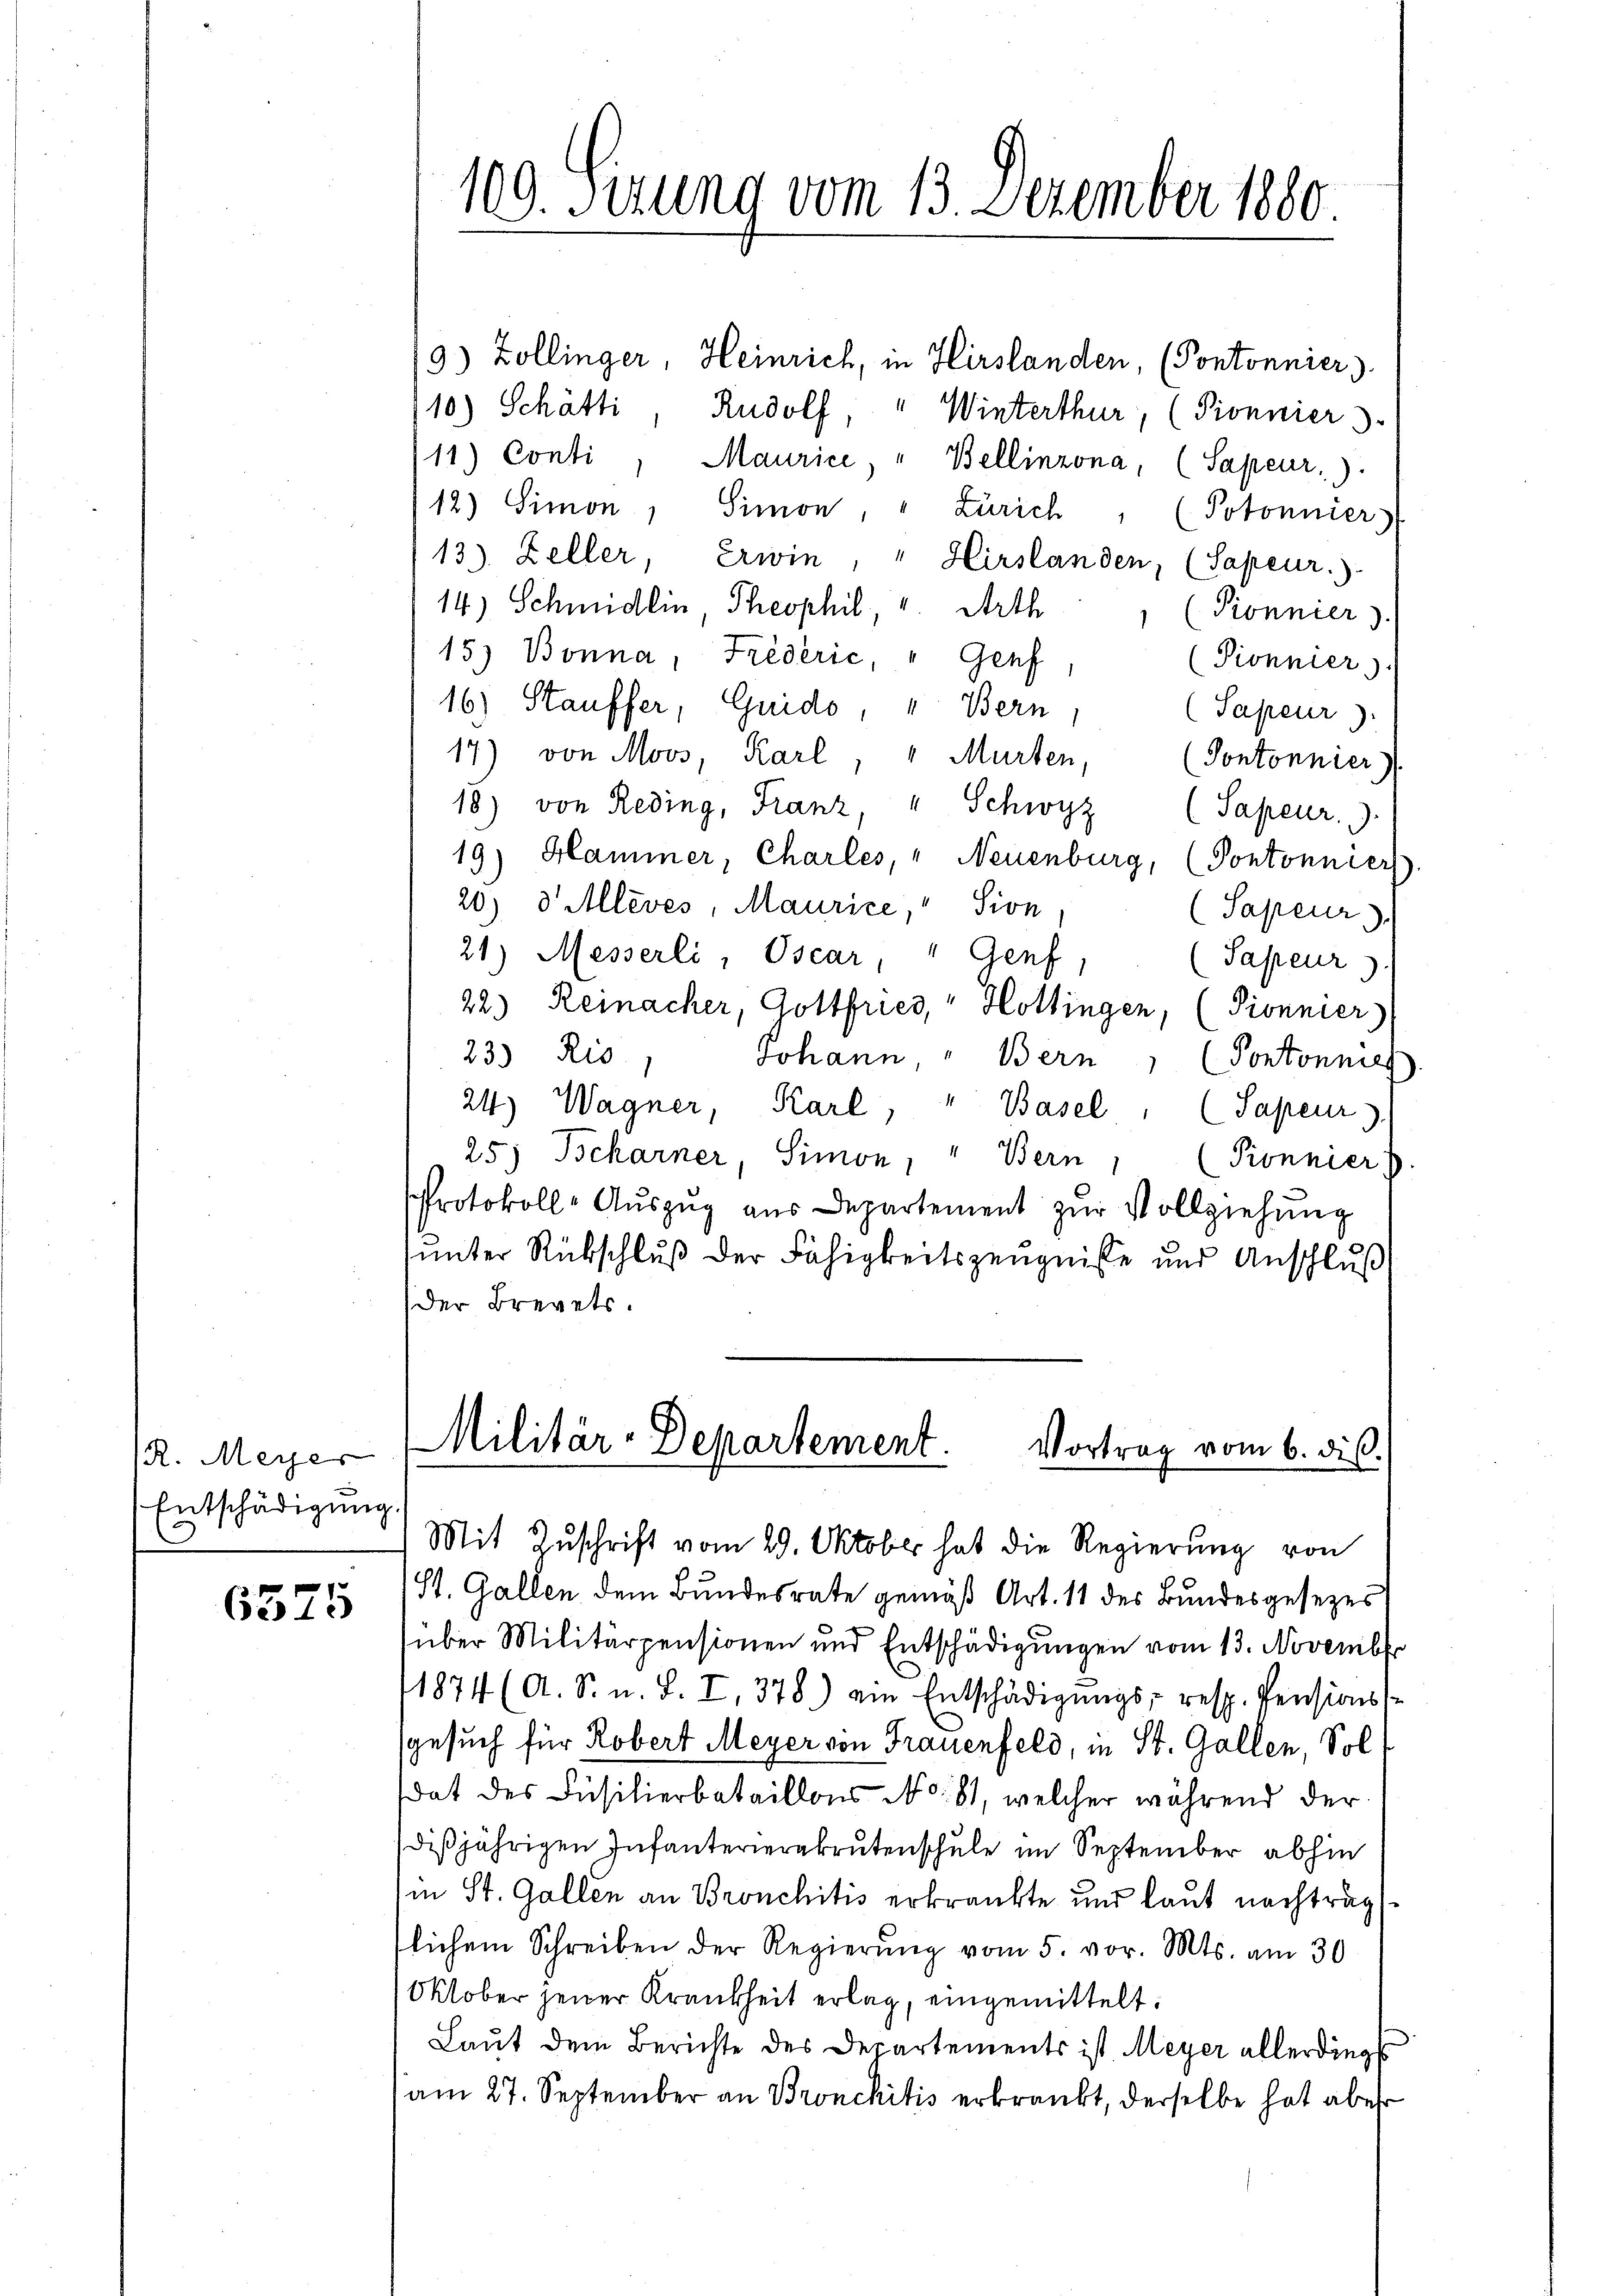
R. Meyer
Entschädigung.
e

6575

9) Zollinger, Heinrich, in Hirslanden, (Pontonnier).
10) Schätti, Rudolf, " Winterthur, (Ponnier
111.) Conti
Maurice, " Bellinzona, (Sapeur)
12) Simon, Simon, " Zürich, (Potonnier
13) Zeller, Erwin, " Hirslanden, (Sapeur.
14) Schmidlin, Theophil, v. Arth
Ponnier).
15) Bonna, Frèderić " Genf
Pionnier).
16) Stauffer, Guido, " Bern,
(Sapeur)
17) von Moos, Karl, " Murten,
(Pontonnier
18) von Reding, Franz, " Schwyz (Sapeur.
19) Hammer, Charles, " Neuenburg, (Pontonnier
20) d. Allevés, Maurice," Sion
(Sapeur
21.) Messerli, Oscar, " Genf,
Sapeur
22) Reinacher, Gottfried, " Hottingen, (Pionnier)
23) Rio
Johann, " Bern, (Pontonnie
24) Wagner, Karl, " Basel, (Sapeur).
25) Beharner, Simon, " Bern, (Ponnier
Protokoll-Aŭszŭg aŭs Departement zŭr Vollziehŭng
sunter Rükschluß der Fähigkeitszeugnisse und Anschluß
der Brevets.
Militär-Departement.
Vortrag vom 6. dis.
Mit Zuschrift vom 29. Oktober hat die Regierung von
St. Gallen dem Bundesrate gemäß Art. 11 des Bundesgesezes
über Militärpensionen und Entschädigungen vom 13. November
1874 (A. S. u. S. I, 378) am Entschädigŭngs- resp. Pensionss
gesuch für Robert Meyer von Frauenfeld, in St. Gallen, Sol
dat des Füsilierbataillons No. 81, welcher während der
disjährigen Infanterierekrutenschule im September abhin
in St. Gallen an Bronchitis erkränkte und laut nachträg
flichem Schreiben der Regierŭng vom 5. vor. Mts. am 30
Oktober jener Krankheit erlag, eingemittelt.
Laut dem Berichte des Departements ist. Meyer allerdingss
am 27. September an Bronchitis erkränkt, derselbe hat aber

100. Sirung vom 13. Dezember 1880